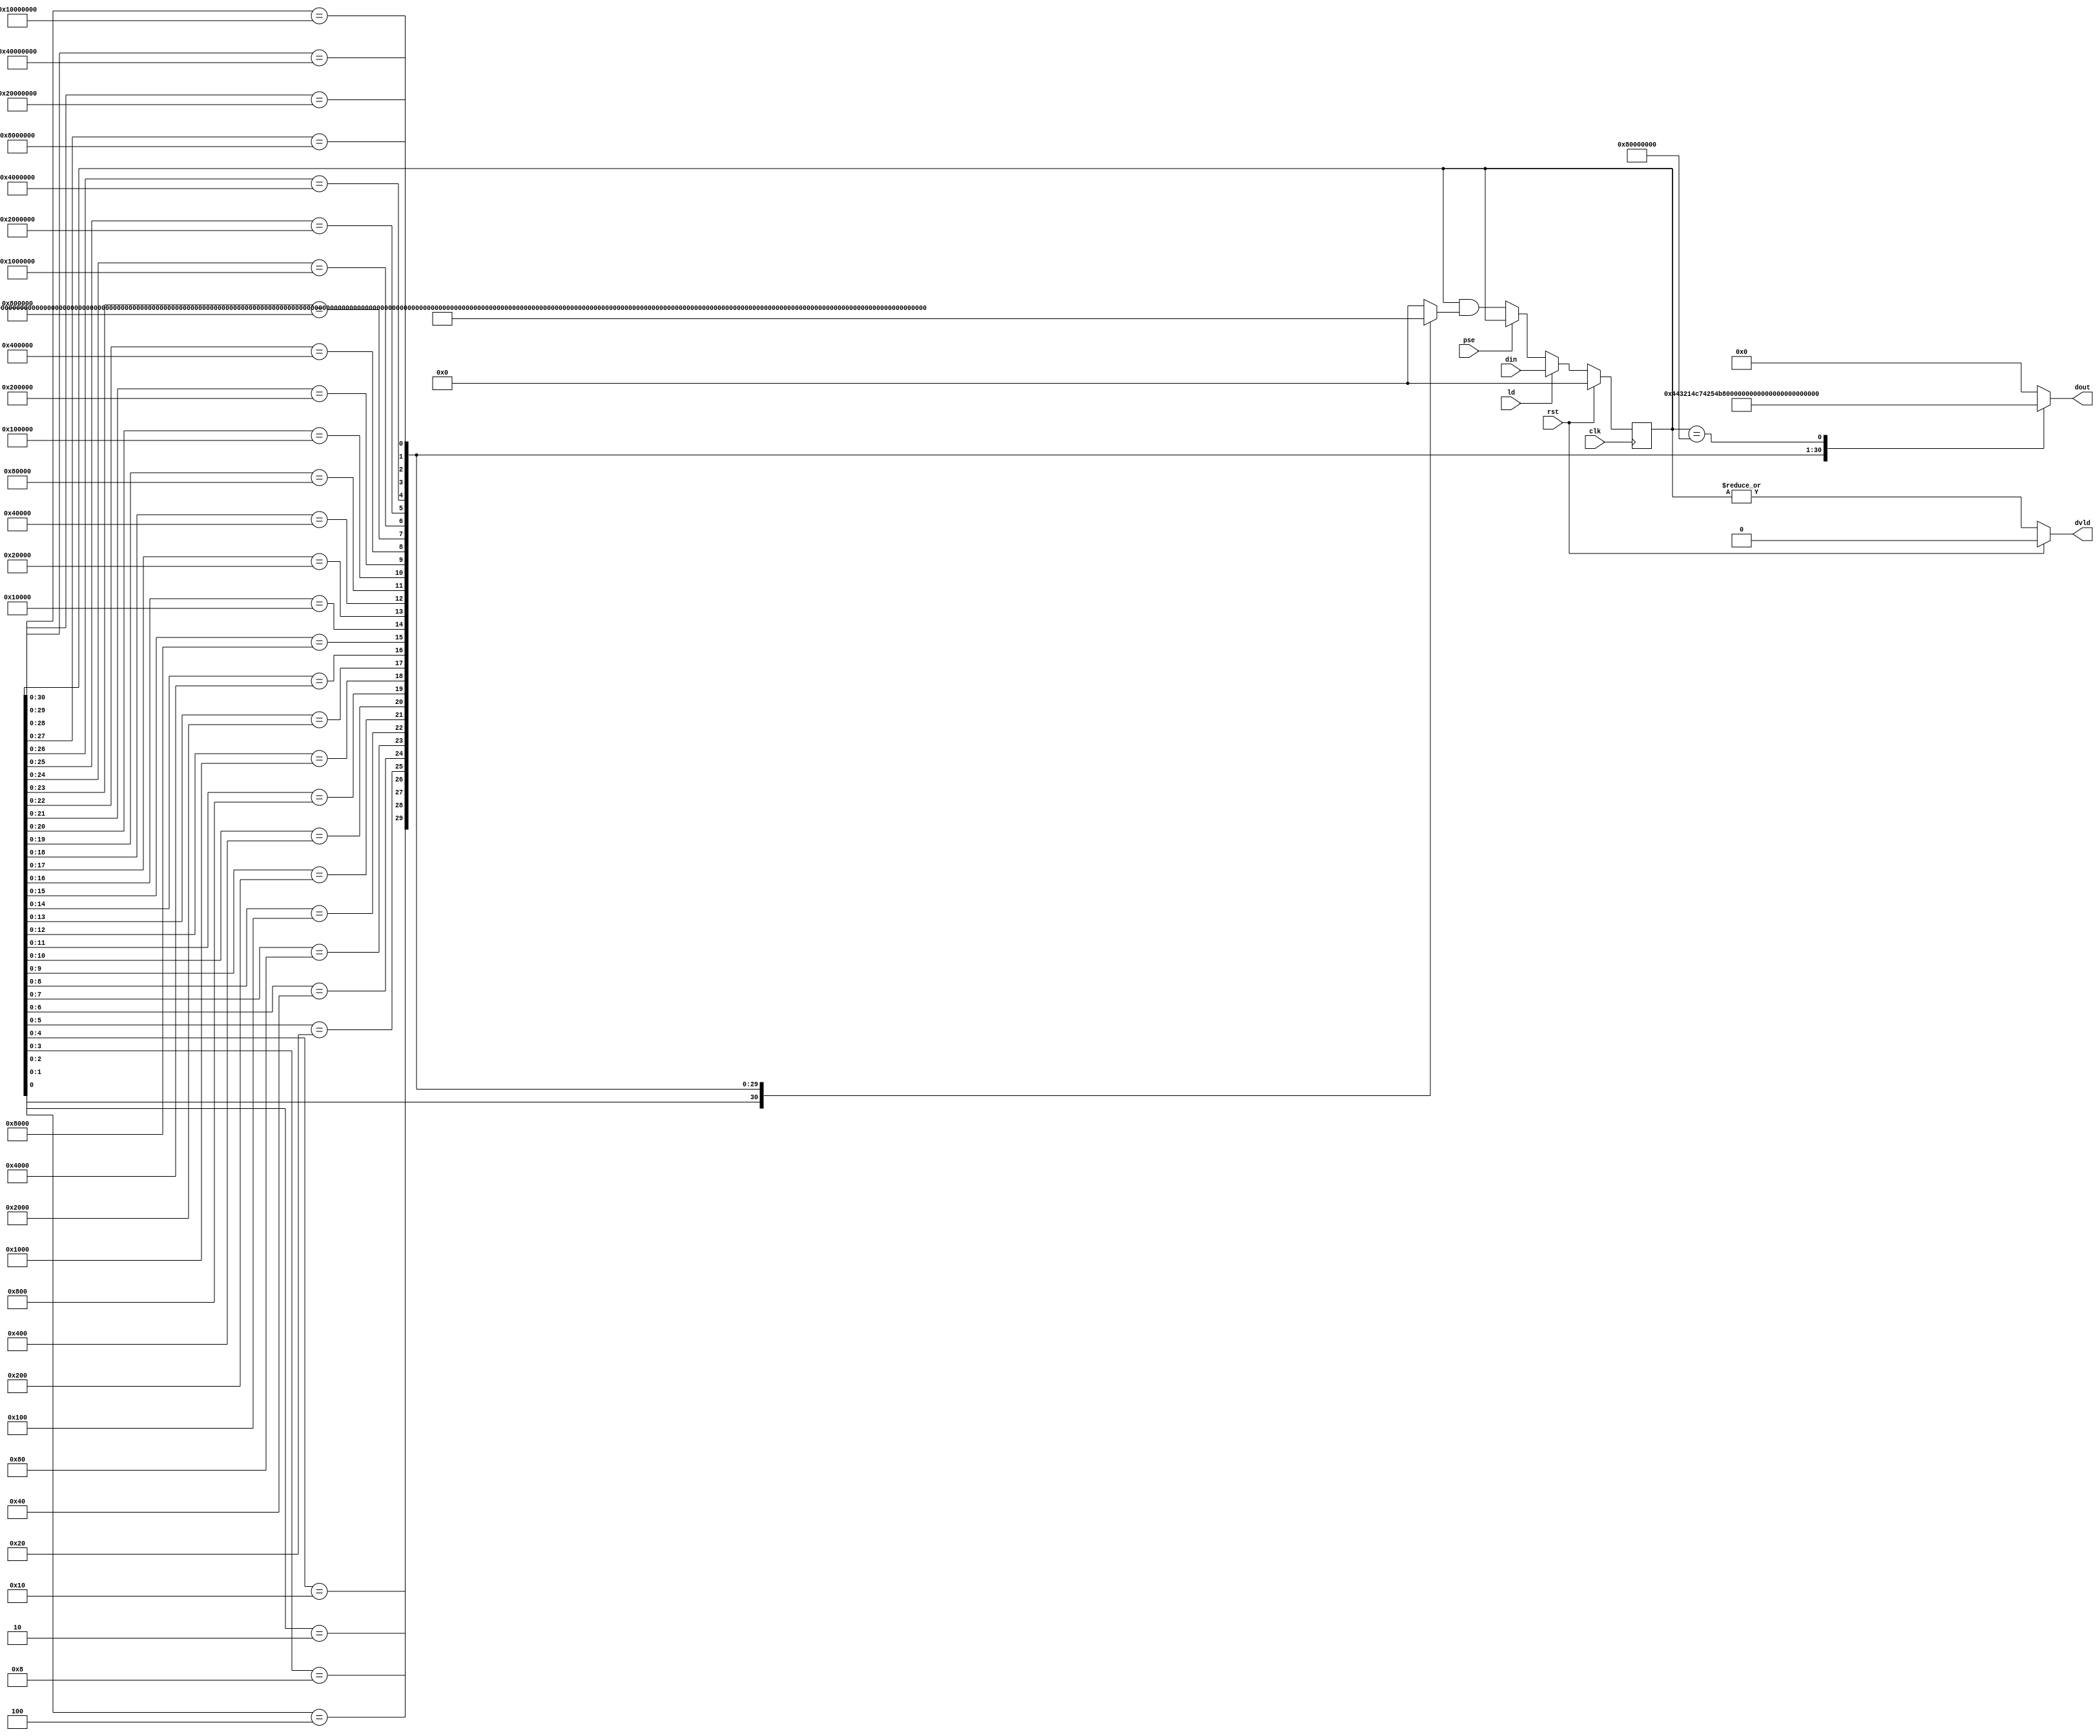
`timescale 1ns / 1ps
//////////////////////////////////////////////////////////////////////////////////
// Company: 
// Engineer: 
// 
// Design Name: 
// Module Name:    indexer32 
// Project Name: 
// Target Devices: 
// Tool versions: 
// Description: 
//
// Dependencies: 
//
// Revision: 
// Revision 0.01 - File Created
// Additional Comments: 
//
//////////////////////////////////////////////////////////////////////////////////
module indexer32(
	input clk,
	input rst,
	input pse,
	input ld,
	input [31:0] din,
	output dvld,
	output reg [4:0] dout
    );

reg [31:0] match_reg;
wire [31:0] next_match;
reg [31:0] match_mask;

assign next_match = (rst == 1'b1) ? 32'h00000000 : (ld == 1'b1) ? din : (pse == 1'b1) ? match_reg : match_reg & match_mask;

always @(posedge clk) begin
	if (rst)
		match_reg <= 32'h00000000;
	else 
		match_reg <= next_match;
end

assign dvld = (rst == 1'b1) ? 1'b0 : (| match_reg);

always @(match_reg) begin
	casez(match_reg)
	32'b????????_????????_????????_???????1: begin  
		match_mask = 32'b11111111_11111111_11111111_11111110;
		dout = 5'h00;
		end
	32'b????????_????????_????????_??????10: begin  
		match_mask = 32'b11111111_11111111_11111111_11111100;
		dout = 5'h01;
		end
	32'b????????_????????_????????_?????100: begin  
		match_mask = 32'b11111111_11111111_11111111_11111000;
		dout = 5'h02;
		end
	32'b????????_????????_????????_????1000: begin  
		match_mask = 32'b11111111_11111111_11111111_11110000;
		dout = 5'h03;
		end
	32'b????????_????????_????????_???10000: begin  
		match_mask = 32'b11111111_11111111_11111111_11100000;
		dout = 5'h04;
		end
	32'b????????_????????_????????_??100000: begin  
		match_mask = 32'b11111111_11111111_11111111_11000000;
		dout = 5'h05;
		end
	32'b????????_????????_????????_?1000000: begin  
		match_mask = 32'b11111111_11111111_11111111_10000000;
		dout = 5'h06;
		end
	32'b????????_????????_????????_10000000: begin  
		match_mask = 32'b11111111_11111111_11111111_00000000;
		dout = 5'h07;
		end
	
	32'b????????_????????_???????1_00000000: begin  
		match_mask = 32'b11111111_11111111_11111110_00000000;
		dout = 5'h08;
		end
	32'b????????_????????_??????10_00000000: begin  
		match_mask = 32'b11111111_11111111_11111100_00000000;
		dout = 5'h09;
		end
	32'b????????_????????_?????100_00000000: begin  
		match_mask = 32'b11111111_11111111_11111000_00000000;
		dout = 5'h0a;
		end
	32'b????????_????????_????1000_00000000: begin  
		match_mask = 32'b11111111_11111111_11110000_00000000;
		dout = 5'h0b;
		end
	32'b????????_????????_???10000_00000000: begin  
		match_mask = 32'b11111111_11111111_11100000_00000000;
		dout = 5'h0c;
		end
	32'b????????_????????_??100000_00000000: begin  
		match_mask = 32'b11111111_11111111_11000000_00000000;
		dout = 5'h0d;
		end
	32'b????????_????????_?1000000_00000000: begin  
		match_mask = 32'b11111111_11111111_10000000_00000000;
		dout = 5'h0e;
		end
	32'b????????_????????_10000000_00000000: begin  
		match_mask = 32'b11111111_11111111_00000000_00000000;
		dout = 5'h0f;
		end
	
	32'b????????_???????1_00000000_00000000: begin  
		match_mask = 32'b11111111_11111110_00000000_00000000;
		dout = 5'h10;
		end
	32'b????????_??????10_00000000_00000000: begin  
		match_mask = 32'b11111111_11111100_00000000_00000000;
		dout = 5'h11;
		end
	32'b????????_?????100_00000000_00000000: begin  
		match_mask = 32'b11111111_11111000_00000000_00000000;
		dout = 5'h12;
		end
	32'b????????_????1000_00000000_00000000: begin  
		match_mask = 32'b11111111_11110000_00000000_00000000;
		dout = 5'h13;
		end
	32'b????????_???10000_00000000_00000000: begin  
		match_mask = 32'b11111111_11100000_00000000_00000000;
		dout = 5'h14;
		end
	32'b????????_??100000_00000000_00000000: begin  
		match_mask = 32'b11111111_11000000_00000000_00000000;
		dout = 5'h15;
		end
	32'b????????_?1000000_00000000_00000000: begin  
		match_mask = 32'b11111111_10000000_00000000_00000000;
		dout = 5'h16;
		end
	32'b????????_10000000_00000000_00000000: begin  
		match_mask = 32'b11111111_00000000_00000000_00000000;
		dout = 5'h17;
		end
	
	32'b???????1_00000000_00000000_00000000: begin  
		match_mask = 32'b11111110_00000000_00000000_00000000;
		dout = 5'h18;
		end
	32'b??????10_00000000_00000000_00000000: begin  
		match_mask = 32'b11111100_00000000_00000000_00000000;
		dout = 5'h19;
		end
	32'b?????100_00000000_00000000_00000000: begin  
		match_mask = 32'b11111000_00000000_00000000_00000000;
		dout = 5'h1a;
		end
	32'b????1000_00000000_00000000_00000000: begin  
		match_mask = 32'b11110000_00000000_00000000_00000000;
		dout = 5'h1b;
		end
	32'b???10000_00000000_00000000_00000000: begin  
		match_mask = 32'b11100000_00000000_00000000_00000000;
		dout = 5'h1c;
		end
	32'b??100000_00000000_00000000_00000000: begin  
		match_mask = 32'b11000000_00000000_00000000_00000000;
		dout = 5'h1d;
		end
	32'b?1000000_00000000_00000000_00000000: begin  
		match_mask = 32'b10000000_00000000_00000000_00000000;
		dout = 5'h1e;
		end
	32'b10000000_00000000_00000000_00000000: begin  
		match_mask = 32'b00000000_00000000_00000000_00000000;
		dout = 5'h1f;
		end
	default: begin  
		match_mask = 32'b00000000_00000000_00000000_00000000;
		dout = 5'h00;
		end
	endcase
end

endmodule